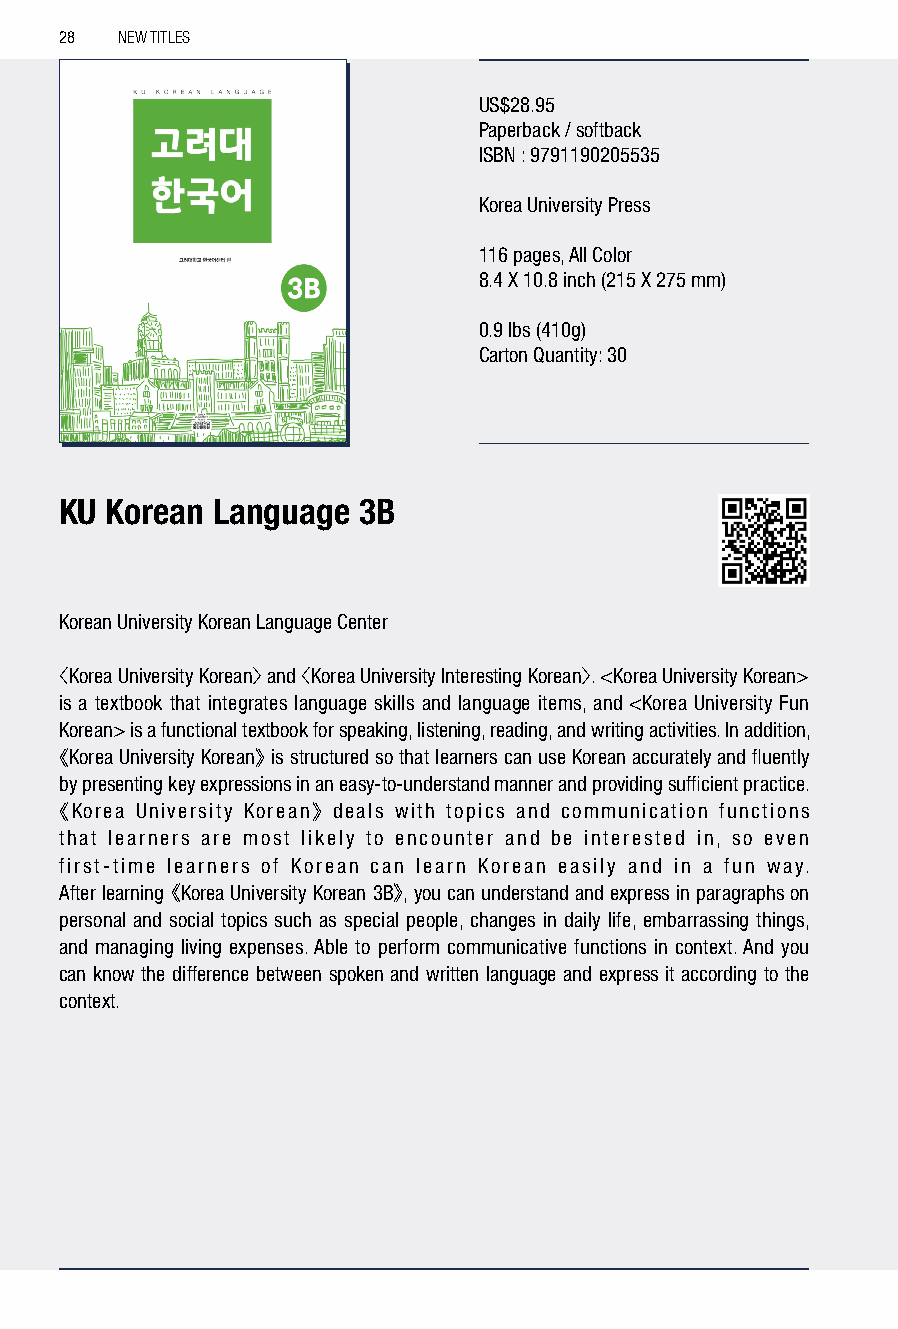
28  NEW TITLES
 US$28.95
 Paperback / softback
 ISBN : 9791190205535
 Korea University Press
 116 pages, All Color
 8.4 X 10.8 inch (215 X 275 mm)
 0.9 lbs (410g)
 Carton Quantity: 30
 KU Korean Language  3B
 Korean University Korean Language Center
 〈Korea University Korean〉 and 〈Korea University Interesting Korean〉. <Korea University Korean>
 is a textbook that integrates language skills and language items, and <Korea University Fun
 Korean> is a functional textbook for speaking, listening, reading, and writing activities. In addition,
 《Korea University Korean》 is structured so that learners can use Korean accurately and fluently
 by presenting key expressions in an easy-to-understand manner and providing sufficient practice.
 《Korea University Korean》 deals with topics and communication functions
 that learners are most likely to encounter and be interested in, so even
 first-time learners of Korean can learn Korean easily and in a fun way.
 After learning 《Korea University Korean 3B》, you can understand and express in paragraphs on
 personal and social topics such as special people, changes in daily life, embarrassing things,
 and managing living expenses. Able to perform communicative functions in context. And you
 can know the difference between spoken and written language and express it according to the
 context.